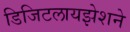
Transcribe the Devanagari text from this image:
डिजिटलायझेशने